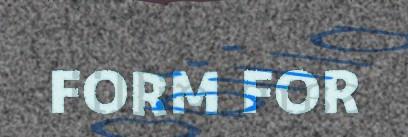
FORM FOR